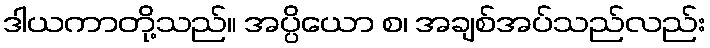
ဒါယကာတို့သည်။ အပ္ပိယော စ၊ အချစ်အပ်သည်လည်း